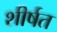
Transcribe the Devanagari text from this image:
शीर्षत